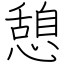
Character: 憩